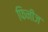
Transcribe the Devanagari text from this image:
फिनीज